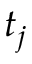
t _ { j }